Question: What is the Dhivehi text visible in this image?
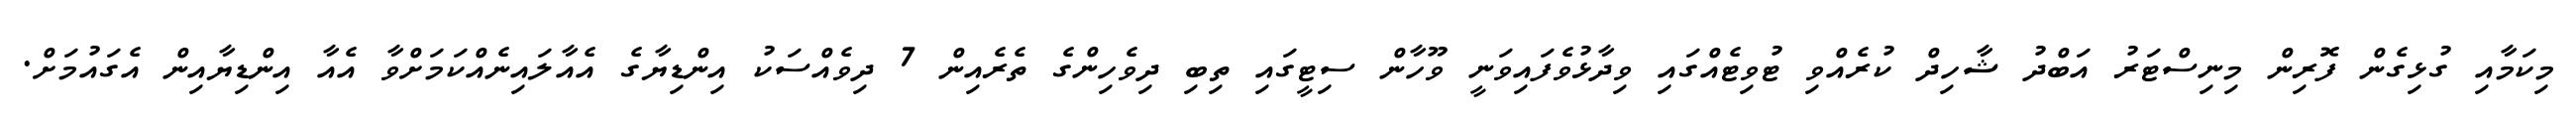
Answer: މިކަމާއި ގުޅިގެން ފޮރިން މިނިސްޓަރު އަބްދު ޝާހިދް ކުރެއްވި ޓުވިޓެއްގައި ވިދާޅުވެފައިވަނީ ވޫހާން ސިޓީގައި ތިބި ދިވެހިންގެ ތެރެއިން 7 ދިވެއްސަކު އިންޑިޔާގެ އެއާލައިނެއްކަމަށްވާ އެއާ އިންޑިޔާއިން އެގައުމަށް.